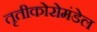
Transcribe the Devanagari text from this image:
तृतीकोरोमंडेल